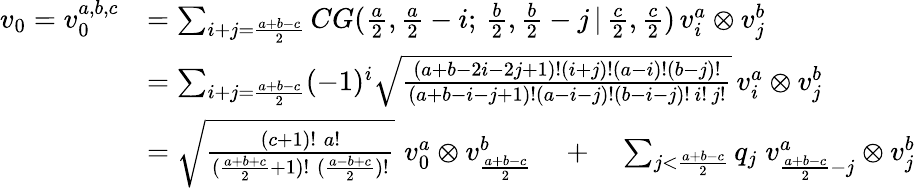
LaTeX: \begin{array}{rl}{v_{0}=v_{0}^{a,b,c}}&{=\sum_{i+j=\frac{a+b-c}{2}}CG(\frac{a}{2},\frac{a}{2}-i;\, \frac{b}{2},\frac{b}{2}-j\, |\, \frac{c}{2},\frac{c}{2})\, v_{i}^{a}\otimes v_{j}^{b}}\\ &{=\sum_{i+j=\frac{a+b-c}{2}}(-1)^{i}\sqrt{\frac{(a+b-2i-2j+1)!(i+j)!(a-i)!(b-j)!}{(a+b-i-j+1)!(a-i-j)!(b-i-j)!\, i!\, j!}}\, v_{i}^{a}\otimes v_{j}^{b}}\\ &{=\sqrt{\frac{(c+1)!\; a!}{(\frac{a+b+c}{2}+1)!\; (\frac{a-b+c}{2})!}}\, \, v_{0}^{a}\otimes v_{\frac{a+b-c}{2}}^{b}\quad+\quad\sum_{j<\frac{a+b-c}{2}}q_{j}\; v_{\frac{a+b-c}{2}-j}^{a}\otimes v_{j}^{b}}\end{array}